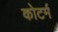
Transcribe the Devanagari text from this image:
कोटर्म